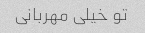
تو خیلی مهربانی